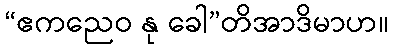
“ဧကညေဝ နု ခေါ”တိအာဒိမာဟ။